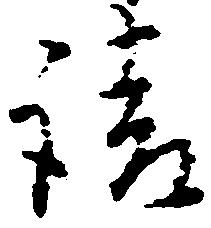
請